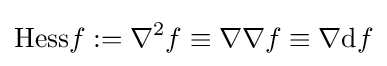
{\mbox{Hess}}f:=\nabla ^{2}f\equiv \nabla \nabla f\equiv \nabla \mathrm {d} f